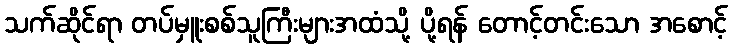
သက်ဆိုင်ရာ တပ်မှူးစစ်သူကြီးများအထံသို့ ပို့ရန် တောင့်တင်းသော အစောင့်